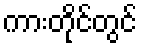
ကားတိုင်တွင်